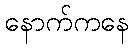
နောက်ကနေ